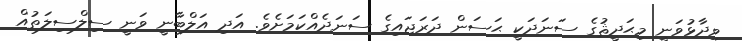
ވިދާޅުވަނީ މިޙަދީޘުގެ ސަނަދަކީ ޙަސަން ދަރަޖައިގެ ސަނަދެއްކަމަށެވެ. އަދި އަލްބާނީ ވަނީ ސިލްސިލަތުއް